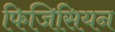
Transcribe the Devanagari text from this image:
फिजिसियन